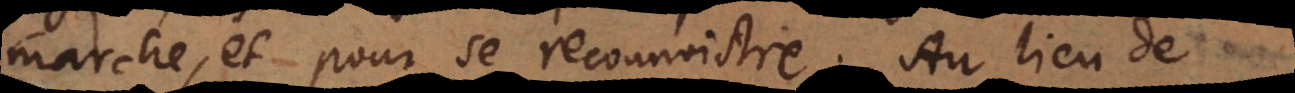
marche, et pour se reconnoistre. Au lieu de